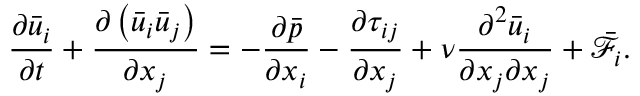
\frac { \partial { { { \bar { u } } } _ { i } } } { \partial t } + \frac { \partial \left( { { { \bar { u } } } _ { i } } { { { \bar { u } } } _ { j } } \right) } { \partial { { x } _ { j } } } = - \frac { \partial \bar { p } } { \partial { { x } _ { i } } } - \frac { \partial { { \tau } _ { i j } } } { \partial { { x } _ { j } } } + \nu \frac { { { \partial } ^ { 2 } } { { { \bar { u } } } _ { i } } } { \partial { { x } _ { j } } \partial { { x } _ { j } } } + { { \bar { \mathcal { F } } } _ { i } } .